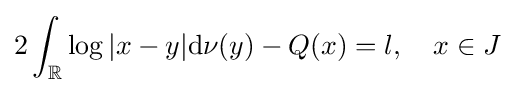
2\int _{\mathbb {R} }\log |x-y|\mathrm {d} \nu (y)-Q(x)=l,\quad x\in J